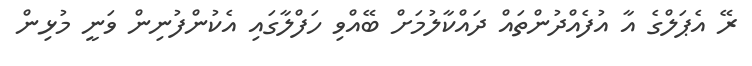
ރޭ އެޕަލްގެ އާ އުފެއްދުންތައް ދައްކާލުމަށް ބޭއްވި ހަފްލާގައި އެކުންފުނިން ވަނީ މުޅިން